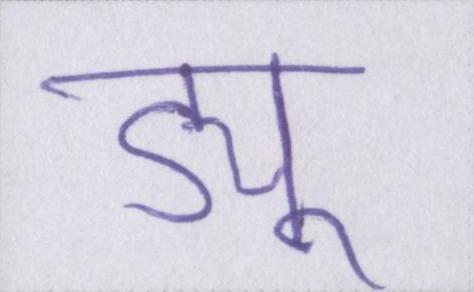
ड्यू